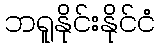
ဘရူနိုင်းနိုင်ငံ